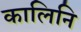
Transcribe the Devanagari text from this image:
कालिनि